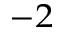
^ { - 2 }